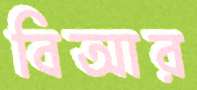
বিআর